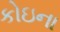
કોઇના